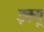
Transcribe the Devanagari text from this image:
इक्सू